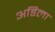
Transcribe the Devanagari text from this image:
अडिला